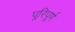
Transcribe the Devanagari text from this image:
पूरिपूर्ण